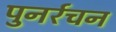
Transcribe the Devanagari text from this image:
पुनर्रचन